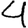
Digit: 4